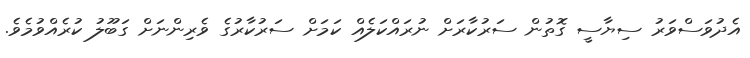
އެދުވަސްވަރު ސިޔާސީ ގޮތުން ސަރުކާރަށް ނުރައްކަލެއް ކަމަށް ސަރުކާރުގެ ވެރިންނަށް ގަބޫލު ކުރެއްވުމެވެ.